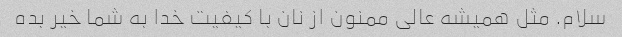
سلام. مثل همیشه عالی ممنون از نان با کیفیت خدا به شما خیر بده